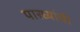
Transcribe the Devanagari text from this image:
पारध्यांची